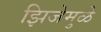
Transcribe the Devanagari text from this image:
झिजेमुळे